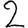
Digit: 2